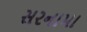
સરનામા